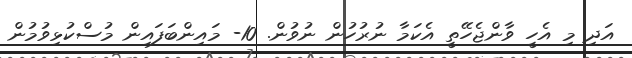
އަދި މި އެހީ ވާންޖެހޭތީ އެކަމާ ނުރުހުން ނުވުން. 10- މައިންބަފައިން މުސްކުޅިވުމުން